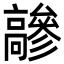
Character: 𩫦